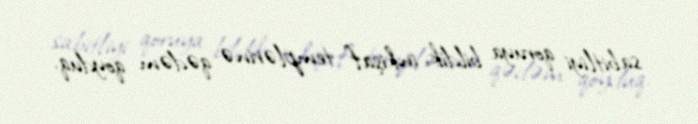
sabitliyi qoruya bildik, inkişaf templərinə qədəm qoyduq.